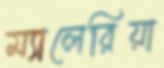
ম্যালেরিয়া